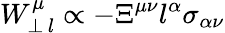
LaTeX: W_{\perp\, l}^{\mu}\propto-\Xi^{\mu\nu}l^{\alpha}\sigma_{\alpha\nu}